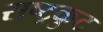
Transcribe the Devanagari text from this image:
राष्‍ट्रकुट